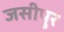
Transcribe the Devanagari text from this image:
जसीपुर